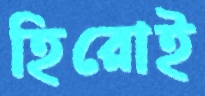
হিরোই